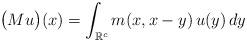
LaTeX: \begin{align*}\bigl(Mu\bigr)(x)=\int_{\mathbb R^c}m(x,x-y)\,u(y)\,dy\end{align*}